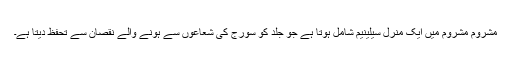
مشروم مشروم میں ایک منرل سیلینیم شامل ہوتا ہے جو جلد کو سورج کی شعاعوں سے ہونے والے نقصان سے تحفظ دیتا ہے۔